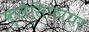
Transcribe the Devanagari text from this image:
क्लैसिफायर